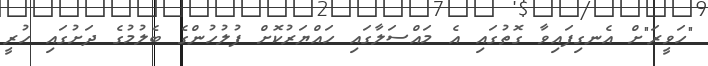
"ހަވީރަ"ށް އެނގިފައިވާ ގޮތުގައި އެ މައްސަލާގައި ހައްޔަރުކޮށް ފުލުހުންގެ ބެލުމުގެ ދަށުގައި ހުރީ